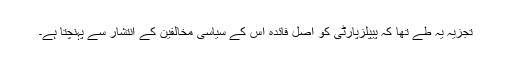
تجزیہ یہ طے تھا کہ پیپلزپارٹی کو اصل فائدہ اس کے سیاسی مخالفین کے انتشار سے پہنچتا ہے۔